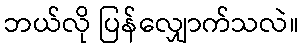
ဘယ်လို ပြန်လျှောက်သလဲ။